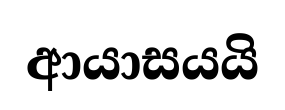
ආයාසයයි